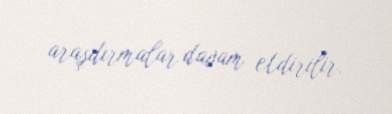
araşdırmalar davam etdirilir.